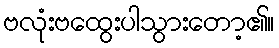
ဗလုံးဗထွေးပါသွားတော့၏။